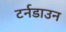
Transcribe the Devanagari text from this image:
टर्नडाउन